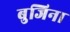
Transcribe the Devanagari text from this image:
बुजिना